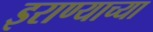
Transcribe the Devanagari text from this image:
इराण्याच्या